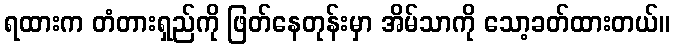
ရထားက တံတားရှည်ကို ဖြတ်နေတုန်းမှာ အိမ်သာကို သော့ခတ်ထားတယ်။